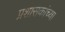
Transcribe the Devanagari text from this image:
प्रशासकांच्या